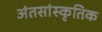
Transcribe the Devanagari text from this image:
अंतसांस्कृतिक